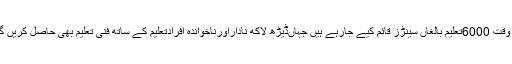
اس وقت 6000تعلیم بالغاں سینڑز قائم کیے جارہے ہیں جہاںڈیڑھ لاکھ ناداراورناخواندہ افرادتعلیم کے ساتھ فنی تعلیم بھی حاصل کریں گے۔